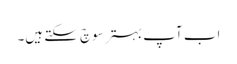
اب آپ بہتر سوچ سکتے ہیں۔